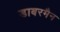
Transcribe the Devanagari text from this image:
डाबरमैन